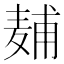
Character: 𱋖